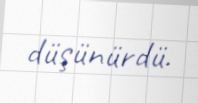
düşünürdü.